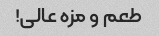
طعم و مزه عالی!